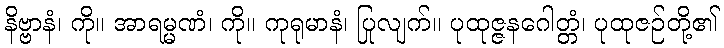
နိဗ္ဗာနံ၊ ကို။ အာရမ္မဏံ၊ ကို။ ကုရုမာနံ၊ ပြုလျက်။ ပုထုဇ္ဇနဂေါတ္တံ၊ ပုထုဇဉ်တို့၏